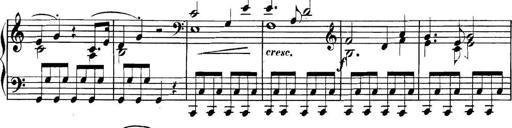
Title: Collected Piano Sonatas
Composer: Muzio Clementi